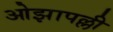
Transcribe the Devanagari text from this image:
ओझापल्ली